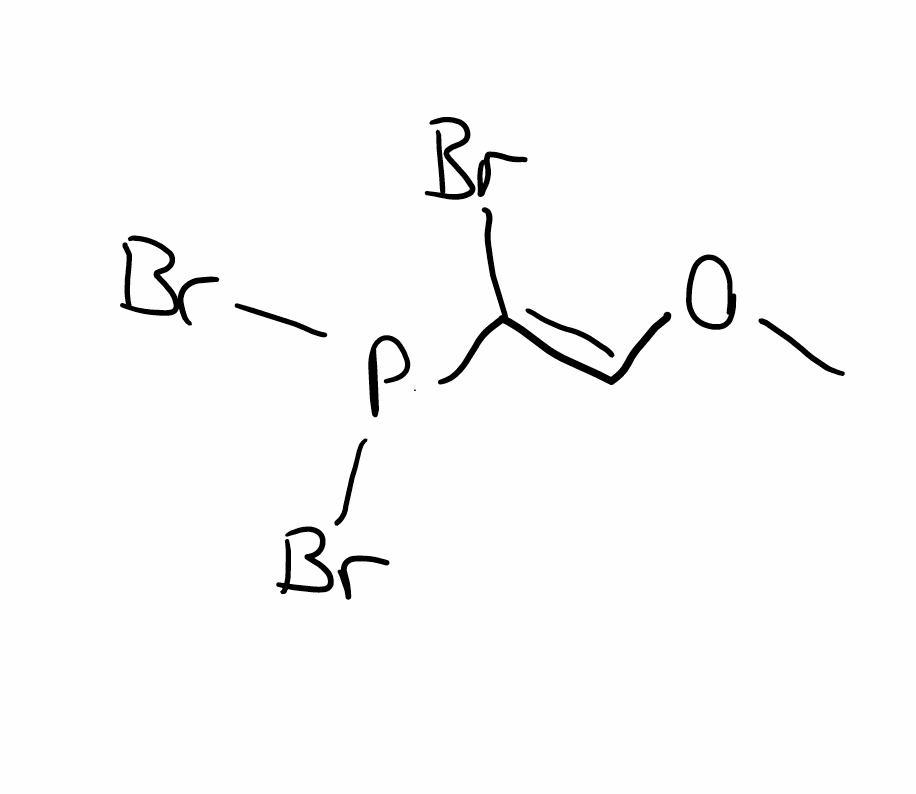
Simplified molecular-input line-entry system (SMILES) notation of the given molecule:
CO/C=C(/P(Br)Br)\Br